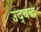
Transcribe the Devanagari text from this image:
उद्बद्ध